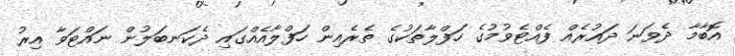
އޮބާމާ ދެވަނަ ދައުރެއް ފެއްޓެވުމުގެ ހަފްލާތަކުގެ ތެރެއިން ހަފްލާއެއްގައި ދެކަނބަލުން ނައްޓަވާ އިރު